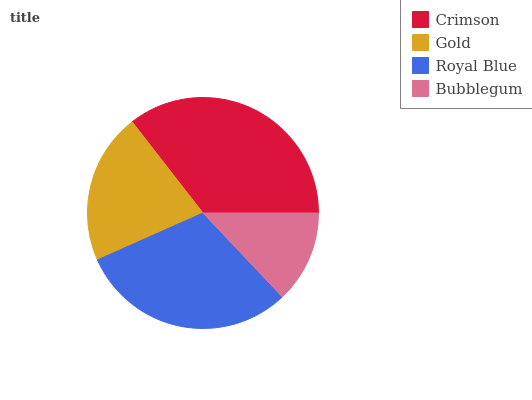
| Crimson | Gold | Royal Blue | Bubblegum |
 | --- | --- | --- | --- |
 | 35.5% | 21.2% | 30.4% | 13% |